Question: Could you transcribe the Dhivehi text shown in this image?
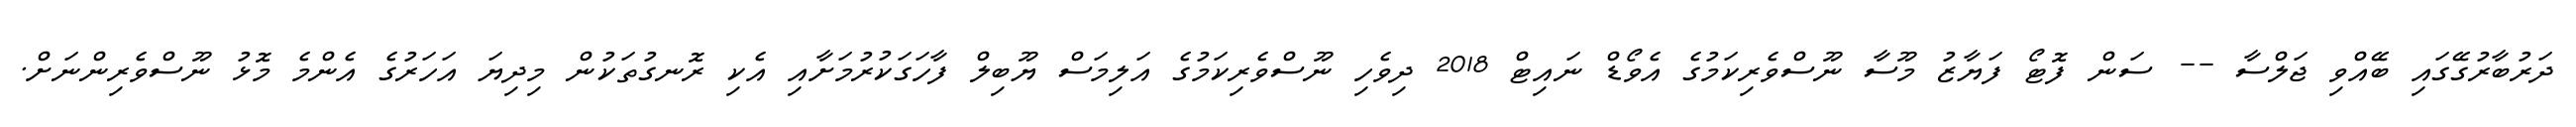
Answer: ދަރުބާރުގޭގައި ބޭއްވި ޖަލްސާ -- ސަން ފޮޓޯ ފަޔާޒު މޫސާ ނޫސްވެރިކަމުގެ އެވޯޑް ނައިޓް 2018 ދިވެހި ނޫސްވެރިކަމުގެ އަލިމަސް ޔޫބިލް ފާހަގަކުރުމަށާއި އެކި ރޮނގުތަކުން މިދިޔަ އަހަރުގެ އެންމެ މޮޅު ނޫސްވެރިންނަށް.